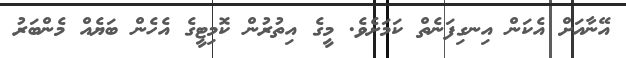
އޭނާއަށް އެކަން އިނގިފަނެތް ކަމަށެވެ. މީގެ އިތުރުން ކޮމިޓީގެ އެހެން ބަޔެއް މެންބަރު